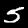
Digit: 5